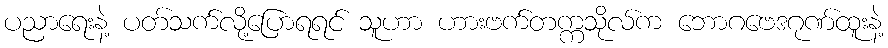
ပညာရေးနဲ့ ပတ်သက်လို့ပြောရရင် သူဟာ ဟားဗက်တက္ကသိုလ်က ဘောဂဗေဒဂုဏ်ထူးနဲ့